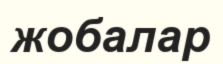
жобалар